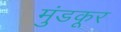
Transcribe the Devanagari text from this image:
मुंडकूर